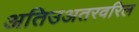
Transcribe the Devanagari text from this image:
अतिउअतरवरिल